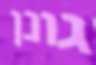
גונן